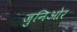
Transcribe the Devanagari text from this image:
जुनिओर